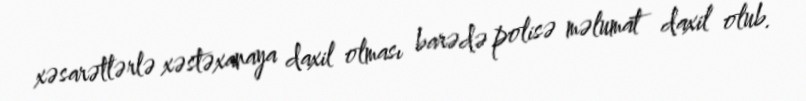
xəsarətlərlə xəstəxanaya daxil olması barədə polisə məlumat daxil olub.